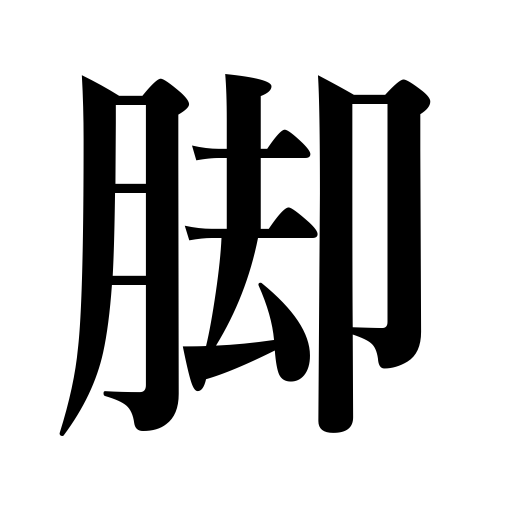
Meanings: speed,pace,deficit,step,leg,undercarriage,flipper,shortage,foot,walk,foot of a mountain,footing,paw,trace,arms,tentacles,draft of a ship,skid